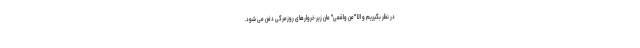
در نظر بگیریم و الا "من واقعی" مان زیر خروارهای روزمرگی دفن می شود.